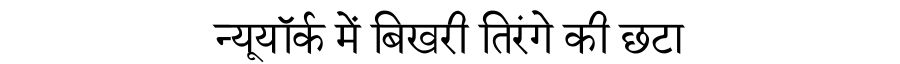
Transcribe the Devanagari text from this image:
न्यूयॉर्क में बिखरी तिरंगे की छटा